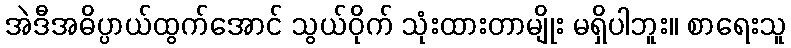
အဲဒီအဓိပ္ပာယ်ထွက်အောင် သွယ်ဝိုက် သုံးထားတာမျိုး မရှိပါဘူး။ စာရေးသူ